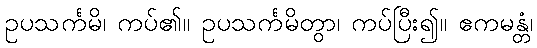
ဥပသင်္ကမိ၊ ကပ်၏။ ဥပသင်္ကမိတွာ၊ ကပ်ပြီး၍။ ဧကမန္တံ၊